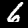
Digit: 6